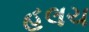
હલચ